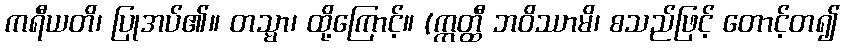
ကရီယတိ၊ ပြုအပ်၏။ တသ္မာ၊ ထို့ကြောင့်။ (ဣတ္ထီ ဘဝိဿာမိ၊ စသည်ဖြင့် တောင့်တ၍